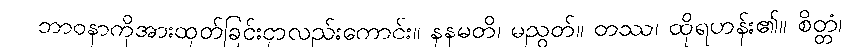
ဘာဝနာကိုအားထုတ်ခြင်းငှာလည်းကောင်း။ နနမတိ၊ မညွတ်။ တဿ၊ ထိုရဟန်း၏။ စိတ္တံ၊